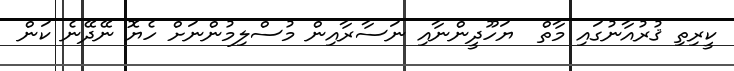
ކީރިތި ޤުރުއާނުގައި މާތް  ޔަހޫދީންނާއި ނަސާރާއިން މުސްލިމުންނަށް ހެޔޮ ނޭދޭނެ ކަން